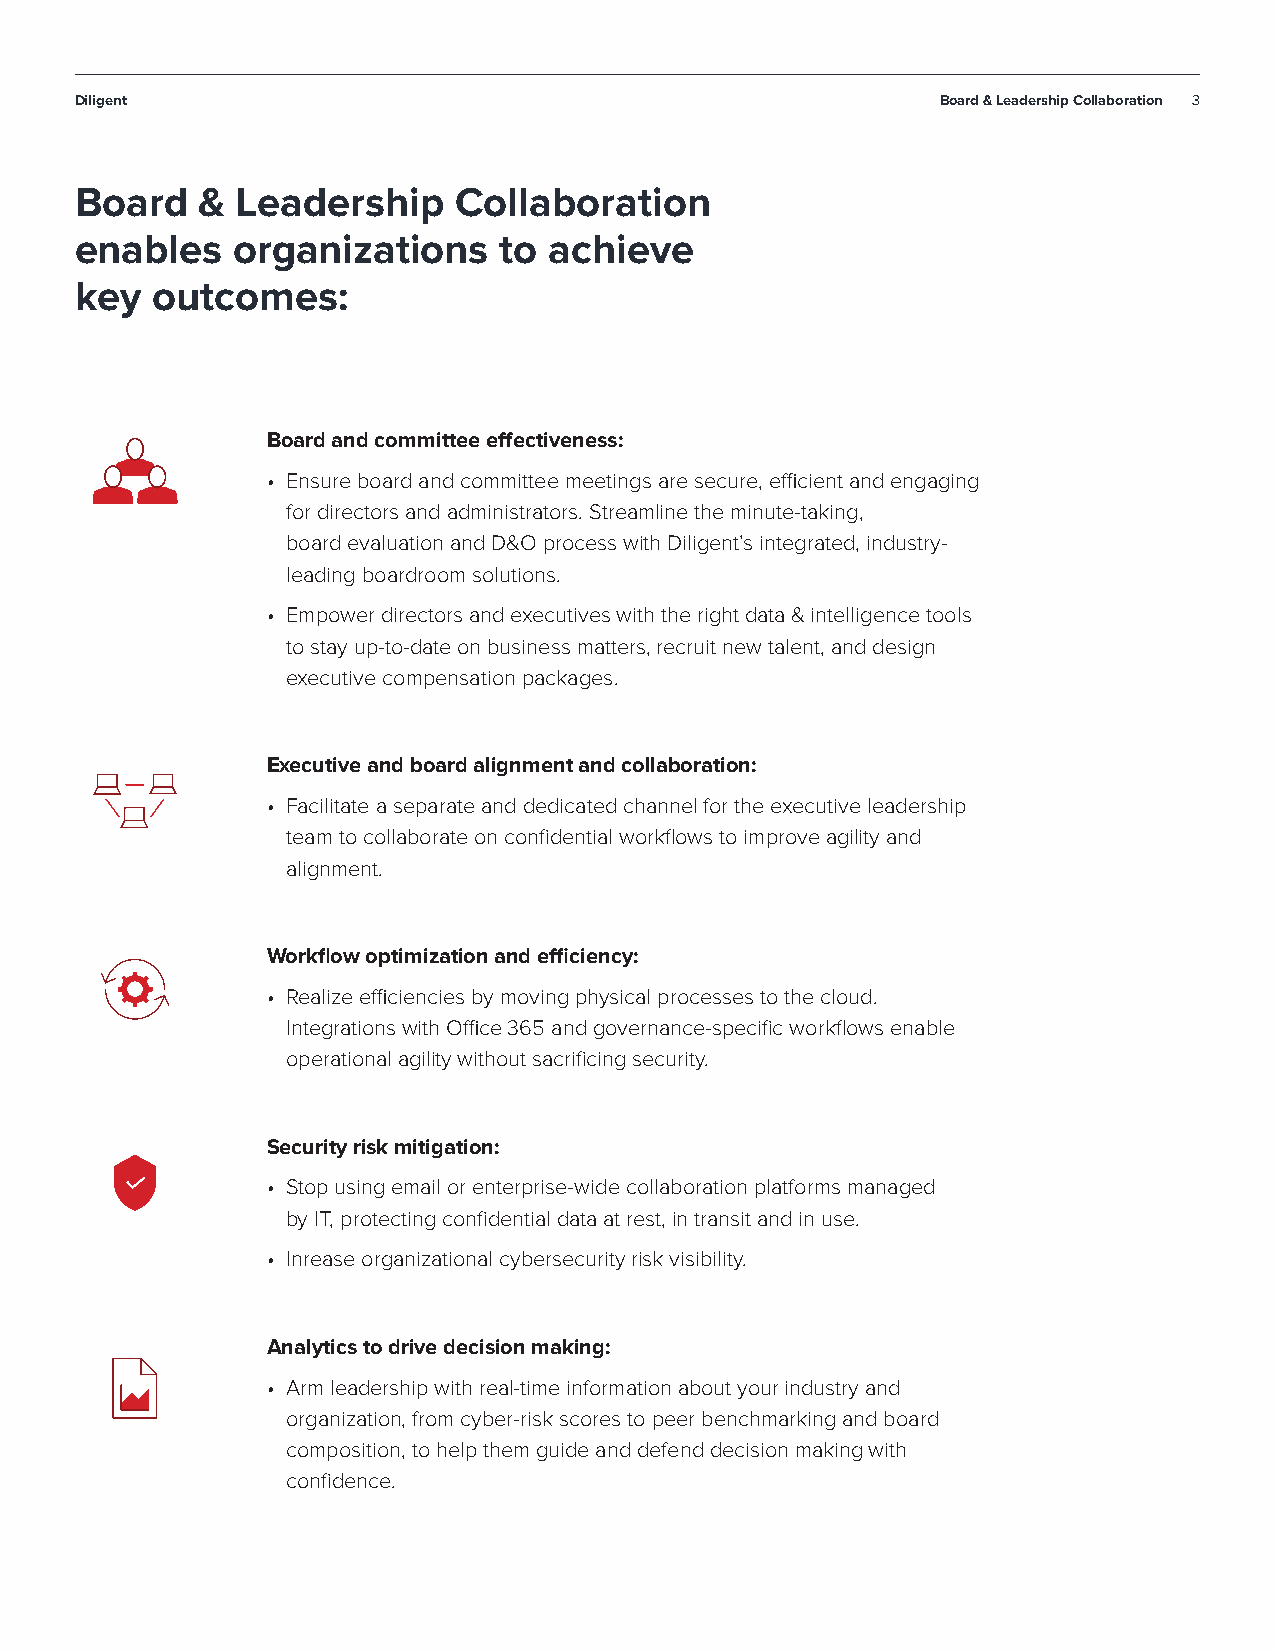
Diligent                                                 Board & Leadership Collaboration 3
 Board   &  Leadership    Collaboration
 enables   organizations     to achieve
 key  outcomes:
 Board and committee effectiveness:
 • Ensure board and committee meetings are secure, efficient and engaging
 for directors and administrators. Streamline the minute-taking,
 board evaluation and D&O process with Diligent’s integrated, industry-
 leading boardroom solutions.
 • Empower directors and executives with the right data & intelligence tools
 to stay up-to-date on business matters, recruit new talent, and design
 executive compensation packages.
 Executive and board alignment and collaboration:
 • Facilitate a separate and dedicated channel for the executive leadership
 team to collaborate on confidential workflows to improve agility and
 alignment.
 Workflow optimization and efficiency:
 • Realize efficiencies by moving physical processes to the cloud.
 Integrations with Office 365 and governance-specific workflows enable
 operational agility without sacrificing security.
 Security risk mitigation:
 • Stop using email or enterprise-wide collaboration platforms managed
 by IT, protecting confidential data at rest, in transit and in use.
 • Inrease organizational cybersecurity risk visibility.
 Analytics to drive decision making:
 • Arm leadership with real-time information about your industry and
 organization, from cyber-risk scores to peer benchmarking and board
 composition, to help them guide and defend decision making with
 confidence.